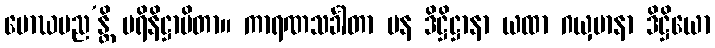
မောဃမည’န္တိ ပရိနိဋ္ဌာပိတာ။ ကာရဏသင်္ခါတာ ပန ဒိဋ္ဌိဋ္ဌာနာ ယထာ ဂယှမာနာ ဒိဋ္ဌိယော